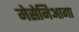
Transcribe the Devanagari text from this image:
मेसेनिआगा